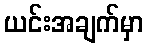
ယင်းအချက်မှာ